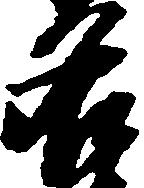
名